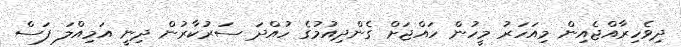
ދިވެހިރާއްޖެއިން މިއަހަރު މީހުން ހައްޖަށް ގެންދިއުމުގެ ހުއްދަ ސަރުކާރުން ދިނީ އަމިއްލަ ފަސް